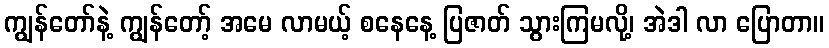
ကျွန်တော်နဲ့ ကျွန်တော့် အမေ လာမယ့် စနေနေ့ ပြဇာတ် သွားကြမလို့၊ အဲဒါ လာ ပြောတာ။